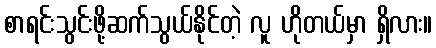
စာရင်းသွင်းဖို့ဆက်သွယ်နိုင်တဲ့ လူ ဟိုတယ်မှာ ရှိလား။